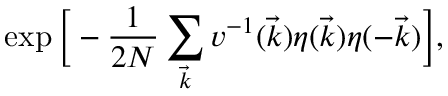
\exp \Big [ - \frac { 1 } { 2 N } \sum _ { \vec { k } } v ^ { - 1 } ( \vec { k } ) \eta ( \vec { k } ) \eta ( - \vec { k } ) \Big ] ,